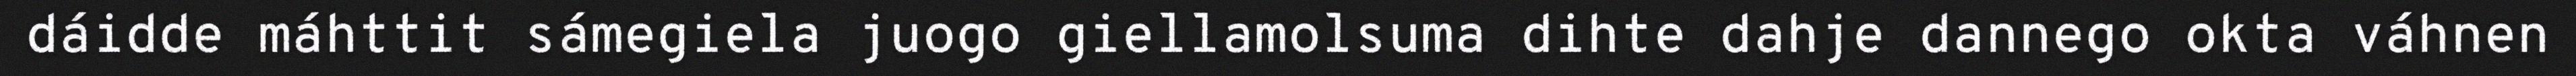
dáidde máhttit sámegiela juogo giellamolsuma dihte dahje dannego okta váhnen